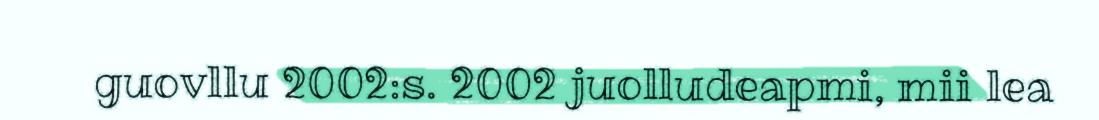
guovllu 2002:s. 2002 juolludeapmi, mii lea